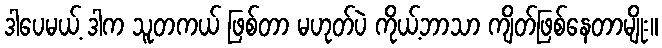
ဒါပေမယ့် ဒါက သူတကယ် ဖြစ်တာ မဟုတ်ပဲ ကိုယ့်ဘာသာ ကျိတ်ဖြစ်နေတာမျိုး။